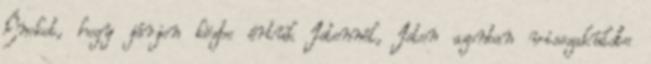
Énokot, hogy járjon közbe értük Istennél, Isten azonban visszaküldte